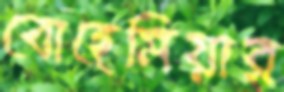
বোহেমিয়ার